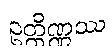
ဥတ္တိဏ္ဏဿ